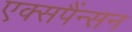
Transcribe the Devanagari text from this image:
एक्सपैंन्सन